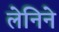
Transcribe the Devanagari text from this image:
लेनिने